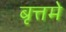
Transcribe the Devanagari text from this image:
बृत्तमे